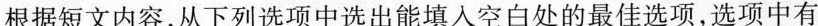
根据短文内容,从下列选项中选出能填入空白处的最佳选项,选项中有